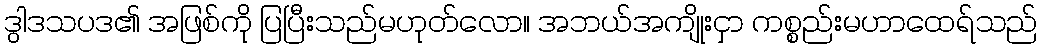
ဒွါဒသပဒ၏ အဖြစ်ကို ပြပြီးသည်မဟုတ်လော။ အဘယ်အကျိုးငှာ ကစ္စည်းမဟာထေရ်သည်